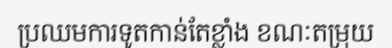
ប្រឈមការទូតកាន់តែខ្លាំង ខណៈតម្រុយ